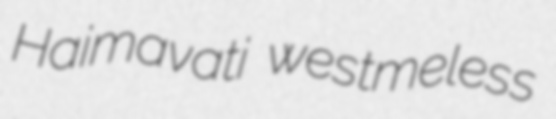
Haimavati westmeless